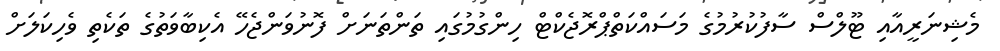
މެޝިނަރީއާއި ޓޫލްސް ސާފުކުރުމުގެ މަސައްކަތްޕްރޮޖެކްޓް ހިންގުމުގައި ތަންތަނަށް ފޮނުވަންޖެހޭ އެކިބާވަތުގެ ތަކެތި ވެހިކަލަށް